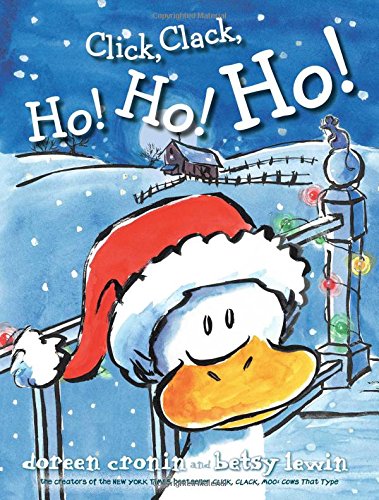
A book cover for Click, Clack, Ho! Ho! Ho!; Doreen Cronin; Children's Books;